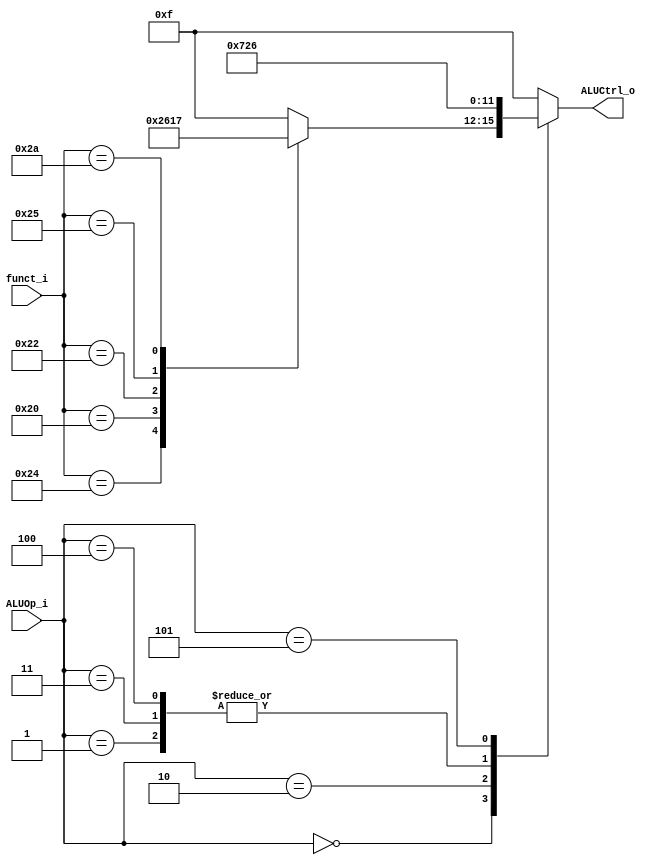
//Subject:     Architecture project 2 - ALU Controller
//--------------------------------------------------------------------------------
//Version:     1
//--------------------------------------------------------------------------------
//Writer:      
//----------------------------------------------
//Date:        
//----------------------------------------------
//Description: 
//--------------------------------------------------------------------------------

module ALU_Ctrl(
          funct_i,
          ALUOp_i,
          ALUCtrl_o
          );
          
//I/O ports 
input      [6-1:0] funct_i;
input      [3-1:0] ALUOp_i;

output     [4-1:0] ALUCtrl_o;    
     
//Internal Signals
reg        [4-1:0] ALUCtrl_o;

//Parameter


//Select exact operation, please finish the following code
always@(funct_i or ALUOp_i) begin
    case(ALUOp_i)
        3'b000:	begin			// R-type
			case(funct_i)
				6'b100100: ALUCtrl_o = 4'b0000; 	// AND
				6'b100000: ALUCtrl_o = 4'b0010;		// add
				6'b100010: ALUCtrl_o = 4'b0110;		// subtract
				6'b100101: ALUCtrl_o = 4'b0001;		// OR
				6'b101010: ALUCtrl_o = 4'b0111;		// slt
				default: ALUCtrl_o = 4'b1111;
			endcase
		end
		
		3'b001: begin		// addi
			ALUCtrl_o = 4'b0010;
		end
			
		3'b010: begin		// slti
			ALUCtrl_o = 4'b0111;
		end
		
		3'b011: begin		// LW
			ALUCtrl_o = 4'b0010;
		end
		
		3'b100: begin		// SW
			ALUCtrl_o = 4'b0010;
		end
		
		3'b101: begin		// beq
			ALUCtrl_o = 4'b0110;
		end
		
		default: begin
			ALUCtrl_o = 4'b1111;
		end
    endcase
end
endmodule